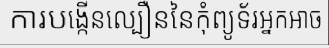
ការបង្កើនល្បឿននៃកុំព្យូទ័រអ្នកអាច